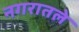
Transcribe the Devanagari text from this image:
नगरातले